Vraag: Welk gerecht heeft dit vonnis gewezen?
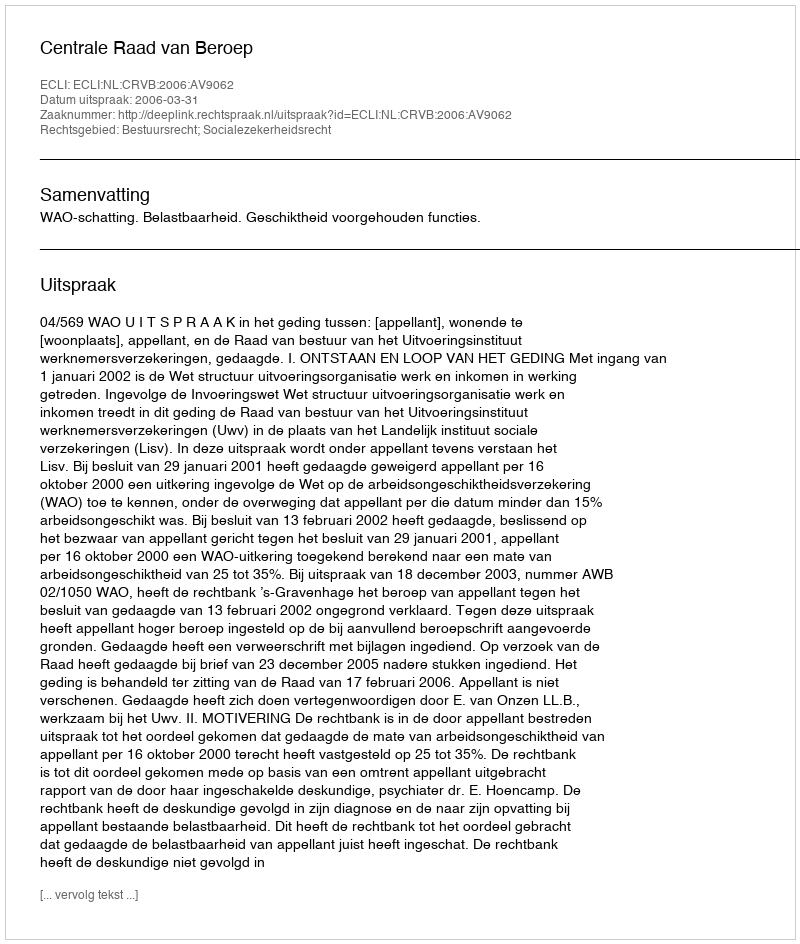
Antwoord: Centrale Raad van Beroep